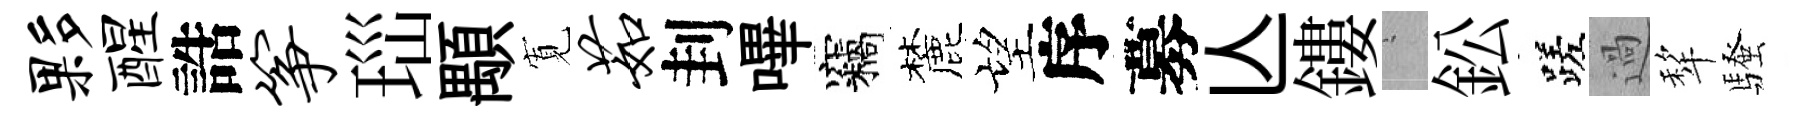
夥醒誥筝𤤼顒𡩖茹刲嗶竊麓望序募亾鏤搖鈆蹉過犂騷